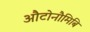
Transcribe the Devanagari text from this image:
औटोनौमिबि